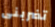
تضربنى